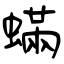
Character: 蟎